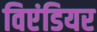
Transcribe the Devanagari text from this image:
विएंडियर